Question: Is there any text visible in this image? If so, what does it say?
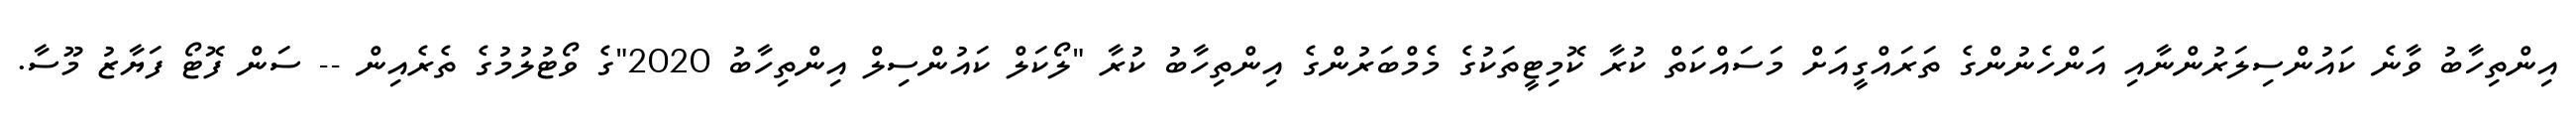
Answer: އިންތިހާބު ވާނެ ކައުންސިލަރުންނާއި އަންހެނުންގެ ތަރައްގީއަށް މަސައްކަތް ކުރާ ކޮމިޓީތަކުގެ މެމްބަރުންގެ އިންތިހާބު ކުރާ "ލޯކަލް ކައުންސިލް އިންތިހާބު 2020"ގެ ވޯޓުލުމުގެ ތެރެއިން -- ސަން ފޮޓޯ ފަޔާޒު މޫސާ.